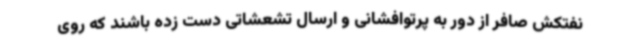
نفتکش صافر از دور به پرتوافشانی و ارسال تشعشاتی دست زده باشند که روی